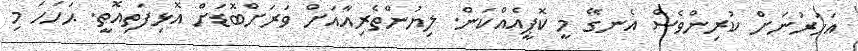
އަހަރުނަށް ކުރިންވެސް އެނގޭ މީ ކޮޕީއެއްކަން. ލިޔުންތެރިއާއަށް ވަރަށްބޮޑަށް އޮޅިފަތިއޮތީ. ޙަހަހަ މި